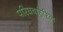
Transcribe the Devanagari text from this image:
परिघबाहेरिल